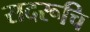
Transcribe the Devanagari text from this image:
सदरूचि